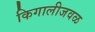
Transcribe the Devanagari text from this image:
किगालीजवळ